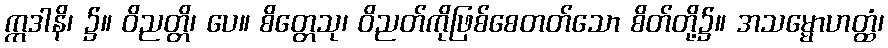
ဣဒါနိ၊ ၌။ ဝိညတ္တိ၊ ပေ။ စိတ္တေသု၊ ဝိညတ်ကိုဖြစ်စေတတ်သော စိတ်တို့၌။ အသမ္မောဟတ္ထံ၊